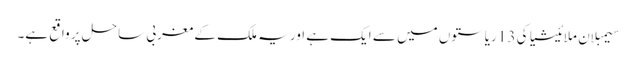
سیمبلان ملائیشیا کی 13 ریاستوں میں سے ایک ہے اور یہ ملک کے مغربی ساحل پر واقع ہے۔